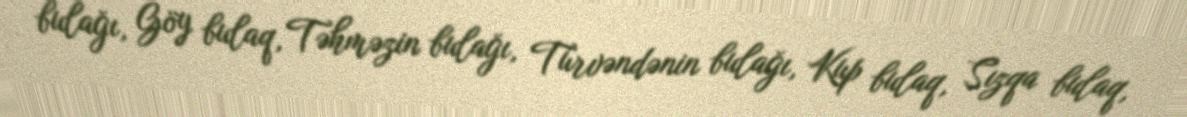
bulağı, Göy bulaq, Təhməzin bulağı, Türvəndənin bulağı, Kup bulaq, Sızqa bulaq,